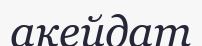
акейдат